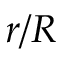
r / R